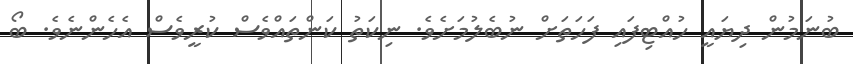
ބުނަމުން ދިޔައީ ހުއްޓިފައި ފަހަތަށް ނުބެލުމަށެވެ. ނިކަތު ކަންތައްވެސް ކުރީވެސް އެހެންނެވެ. ބޯ